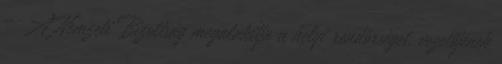
– A Nemzeti Bizottság megalakítja a helyi rendőrséget, vezetőjének